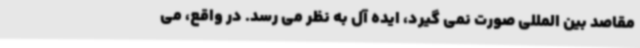
مقاصد بین المللی صورت نمی گیرد، ایده آل به نظر می رسد. در واقع، می